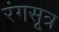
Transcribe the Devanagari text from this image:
रंगसूत्र